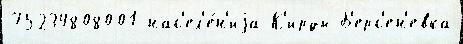
75234808001 нас'ел'е́н'иjа К'ирды Б'ерс'ен'евка